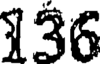
136